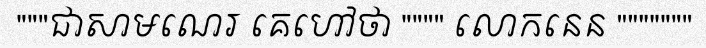
"""ជាសាមណេរ គេហៅថា """" លោកនេន """""""